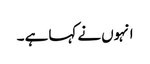
انہوں نے کہا ہے ۔